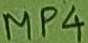
Text: MP4